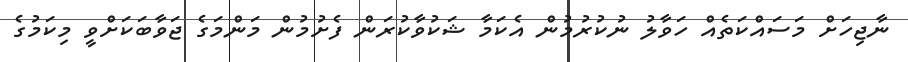
ނާޖިހަށް މަސައްކަތެއް ހަވާލު ނުކުރުމުން އެކަމާ ޝަކުވާކުރަން ފެށުމުން މަންމަގެ ޖަވާބަކަށްވީ މިކަމުގެ